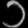
Digit: ၁